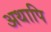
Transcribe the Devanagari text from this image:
अथापि